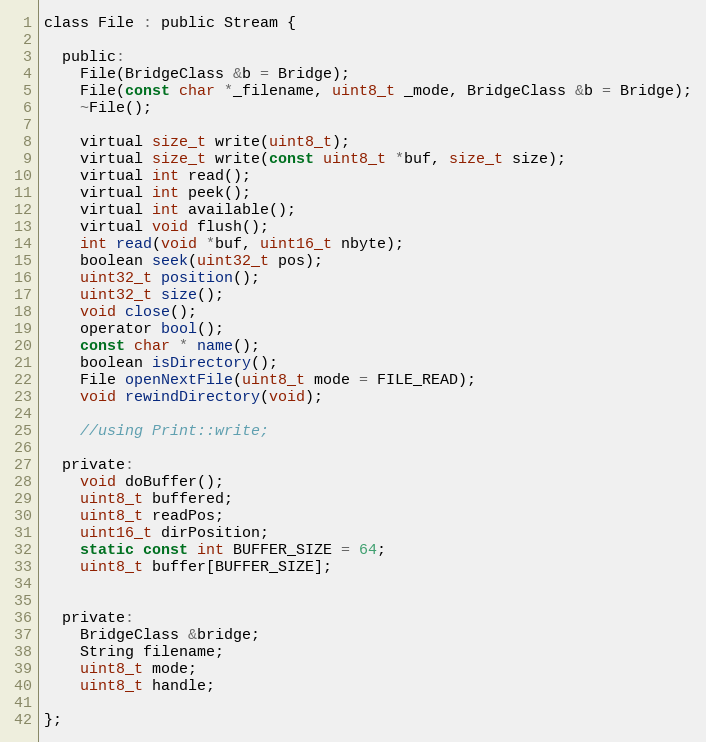
Language: C
class File : public Stream {

  public:
    File(BridgeClass &b = Bridge);
    File(const char *_filename, uint8_t _mode, BridgeClass &b = Bridge);
    ~File();

    virtual size_t write(uint8_t);
    virtual size_t write(const uint8_t *buf, size_t size);
    virtual int read();
    virtual int peek();
    virtual int available();
    virtual void flush();
    int read(void *buf, uint16_t nbyte);
    boolean seek(uint32_t pos);
    uint32_t position();
    uint32_t size();
    void close();
    operator bool();
    const char * name();
    boolean isDirectory();
    File openNextFile(uint8_t mode = FILE_READ);
    void rewindDirectory(void);

    //using Print::write;

  private:
    void doBuffer();
    uint8_t buffered;
    uint8_t readPos;
    uint16_t dirPosition;
    static const int BUFFER_SIZE = 64;
    uint8_t buffer[BUFFER_SIZE];

  private:
    BridgeClass &bridge;
    String filename;
    uint8_t mode;
    uint8_t handle;

};